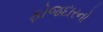
ફોજદારનો